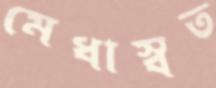
মেধাস্বত